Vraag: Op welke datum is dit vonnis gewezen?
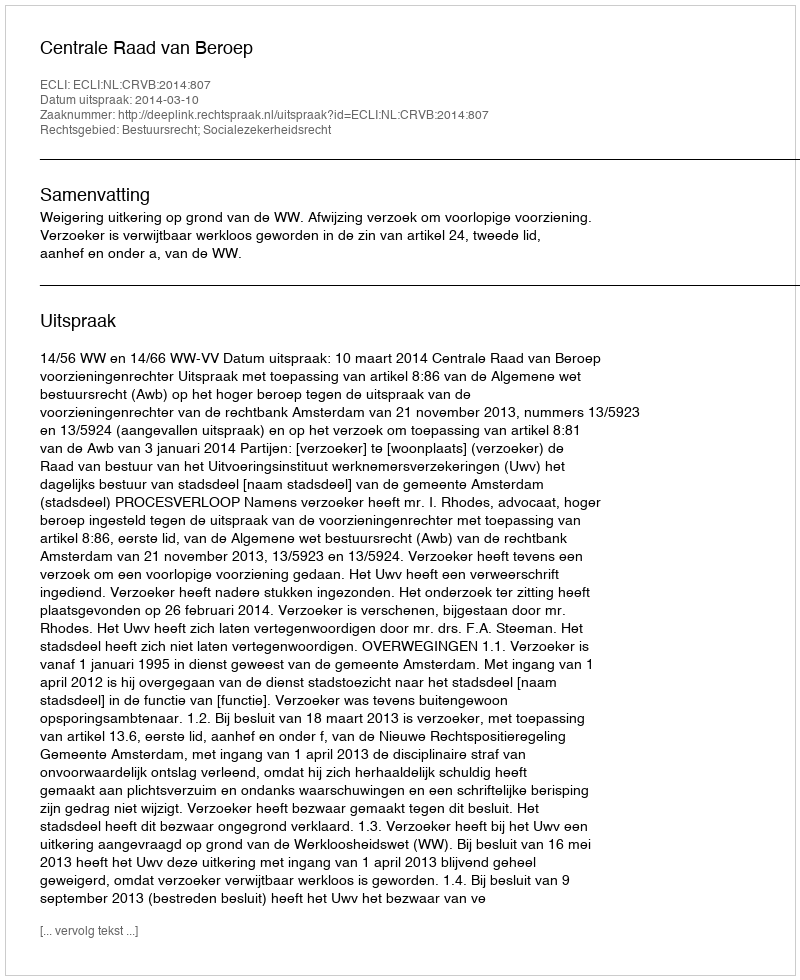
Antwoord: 2014-03-10